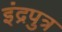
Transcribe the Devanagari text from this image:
इंद्रपुत्र